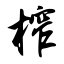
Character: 榨